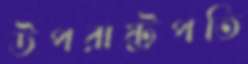
উপরাষ্ট্রপতি